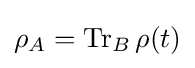
\rho _{A}=\operatorname {Tr} _{B}\rho (t)